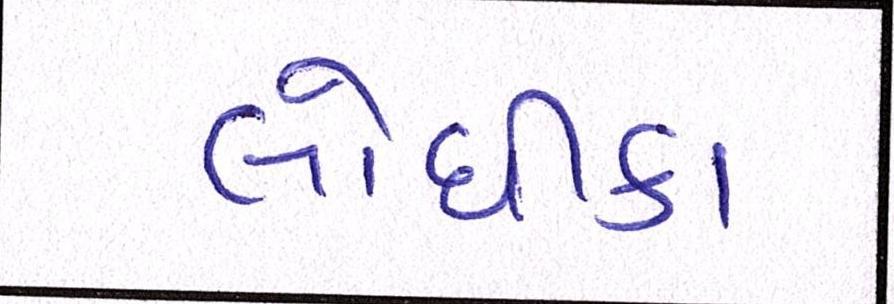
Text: લોધીકા